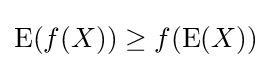
\operatorname {E} (f(X))\geq f(\operatorname {E} (X))